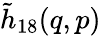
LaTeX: \tilde{h}_{18}(q,p)